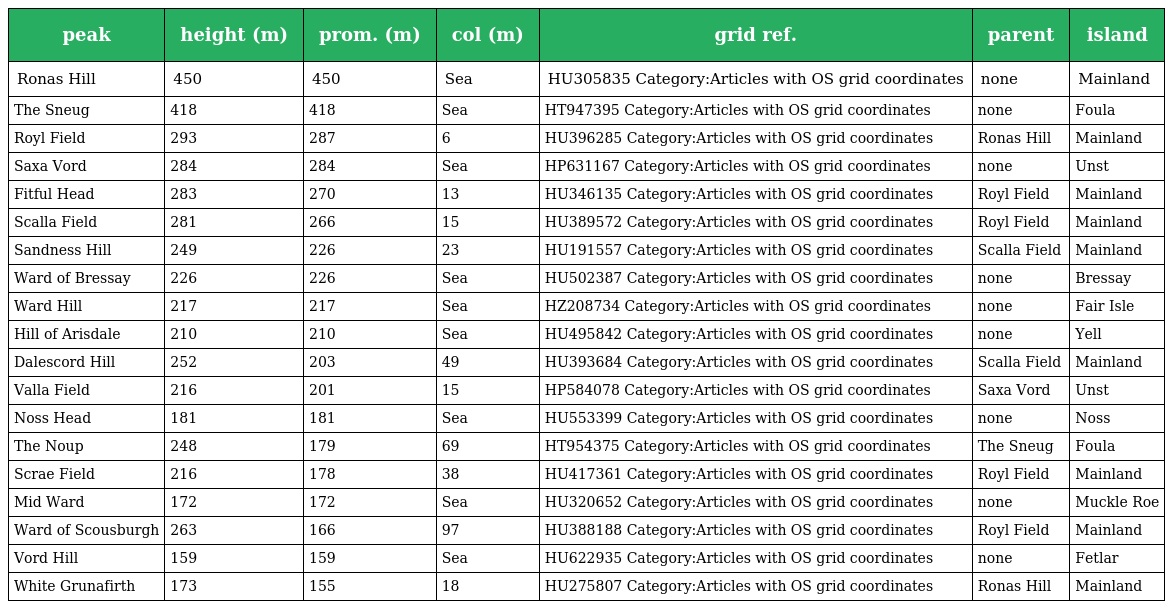
| peak | height (m) | prom. (m) | col (m) | grid ref. | parent | island |
 | --- | --- | --- | --- | --- | --- | --- |
 | Ronas Hill | 450 | 450 | Sea | HU305835 Category:Articles with OS grid coordinates | none | Mainland |
 | The Sneug | 418 | 418 | Sea | HT947395 Category:Articles with OS grid coordinates | none | Foula |
 | Royl Field | 293 | 287 | 6 | HU396285 Category:Articles with OS grid coordinates | Ronas Hill | Mainland |
 | Saxa Vord | 284 | 284 | Sea | HP631167 Category:Articles with OS grid coordinates | none | Unst |
 | Fitful Head | 283 | 270 | 13 | HU346135 Category:Articles with OS grid coordinates | Royl Field | Mainland |
 | Scalla Field | 281 | 266 | 15 | HU389572 Category:Articles with OS grid coordinates | Royl Field | Mainland |
 | Sandness Hill | 249 | 226 | 23 | HU191557 Category:Articles with OS grid coordinates | Scalla Field | Mainland |
 | Ward of Bressay | 226 | 226 | Sea | HU502387 Category:Articles with OS grid coordinates | none | Bressay |
 | Ward Hill | 217 | 217 | Sea | HZ208734 Category:Articles with OS grid coordinates | none | Fair Isle |
 | Hill of Arisdale | 210 | 210 | Sea | HU495842 Category:Articles with OS grid coordinates | none | Yell |
 | Dalescord Hill | 252 | 203 | 49 | HU393684 Category:Articles with OS grid coordinates | Scalla Field | Mainland |
 | Valla Field | 216 | 201 | 15 | HP584078 Category:Articles with OS grid coordinates | Saxa Vord | Unst |
 | Noss Head | 181 | 181 | Sea | HU553399 Category:Articles with OS grid coordinates | none | Noss |
 | The Noup | 248 | 179 | 69 | HT954375 Category:Articles with OS grid coordinates | The Sneug | Foula |
 | Scrae Field | 216 | 178 | 38 | HU417361 Category:Articles with OS grid coordinates | Royl Field | Mainland |
 | Mid Ward | 172 | 172 | Sea | HU320652 Category:Articles with OS grid coordinates | none | Muckle Roe |
 | Ward of Scousburgh | 263 | 166 | 97 | HU388188 Category:Articles with OS grid coordinates | Royl Field | Mainland |
 | Vord Hill | 159 | 159 | Sea | HU622935 Category:Articles with OS grid coordinates | none | Fetlar |
 | White Grunafirth | 173 | 155 | 18 | HU275807 Category:Articles with OS grid coordinates | Ronas Hill | Mainland |